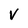
Character: V